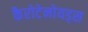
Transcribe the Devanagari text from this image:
कैरोटेनोयड्स